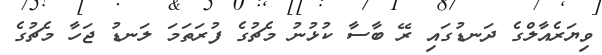
ވިޔަރެއާލްގެ ދަނޑުގައި ރޭ ބާސާ ކުޅުނު މެޗުގެ ފުރަތަމަ ލަނޑު ޖަހާ މެޗުގެ